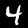
Digit: 4